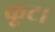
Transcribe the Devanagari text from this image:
कूट।